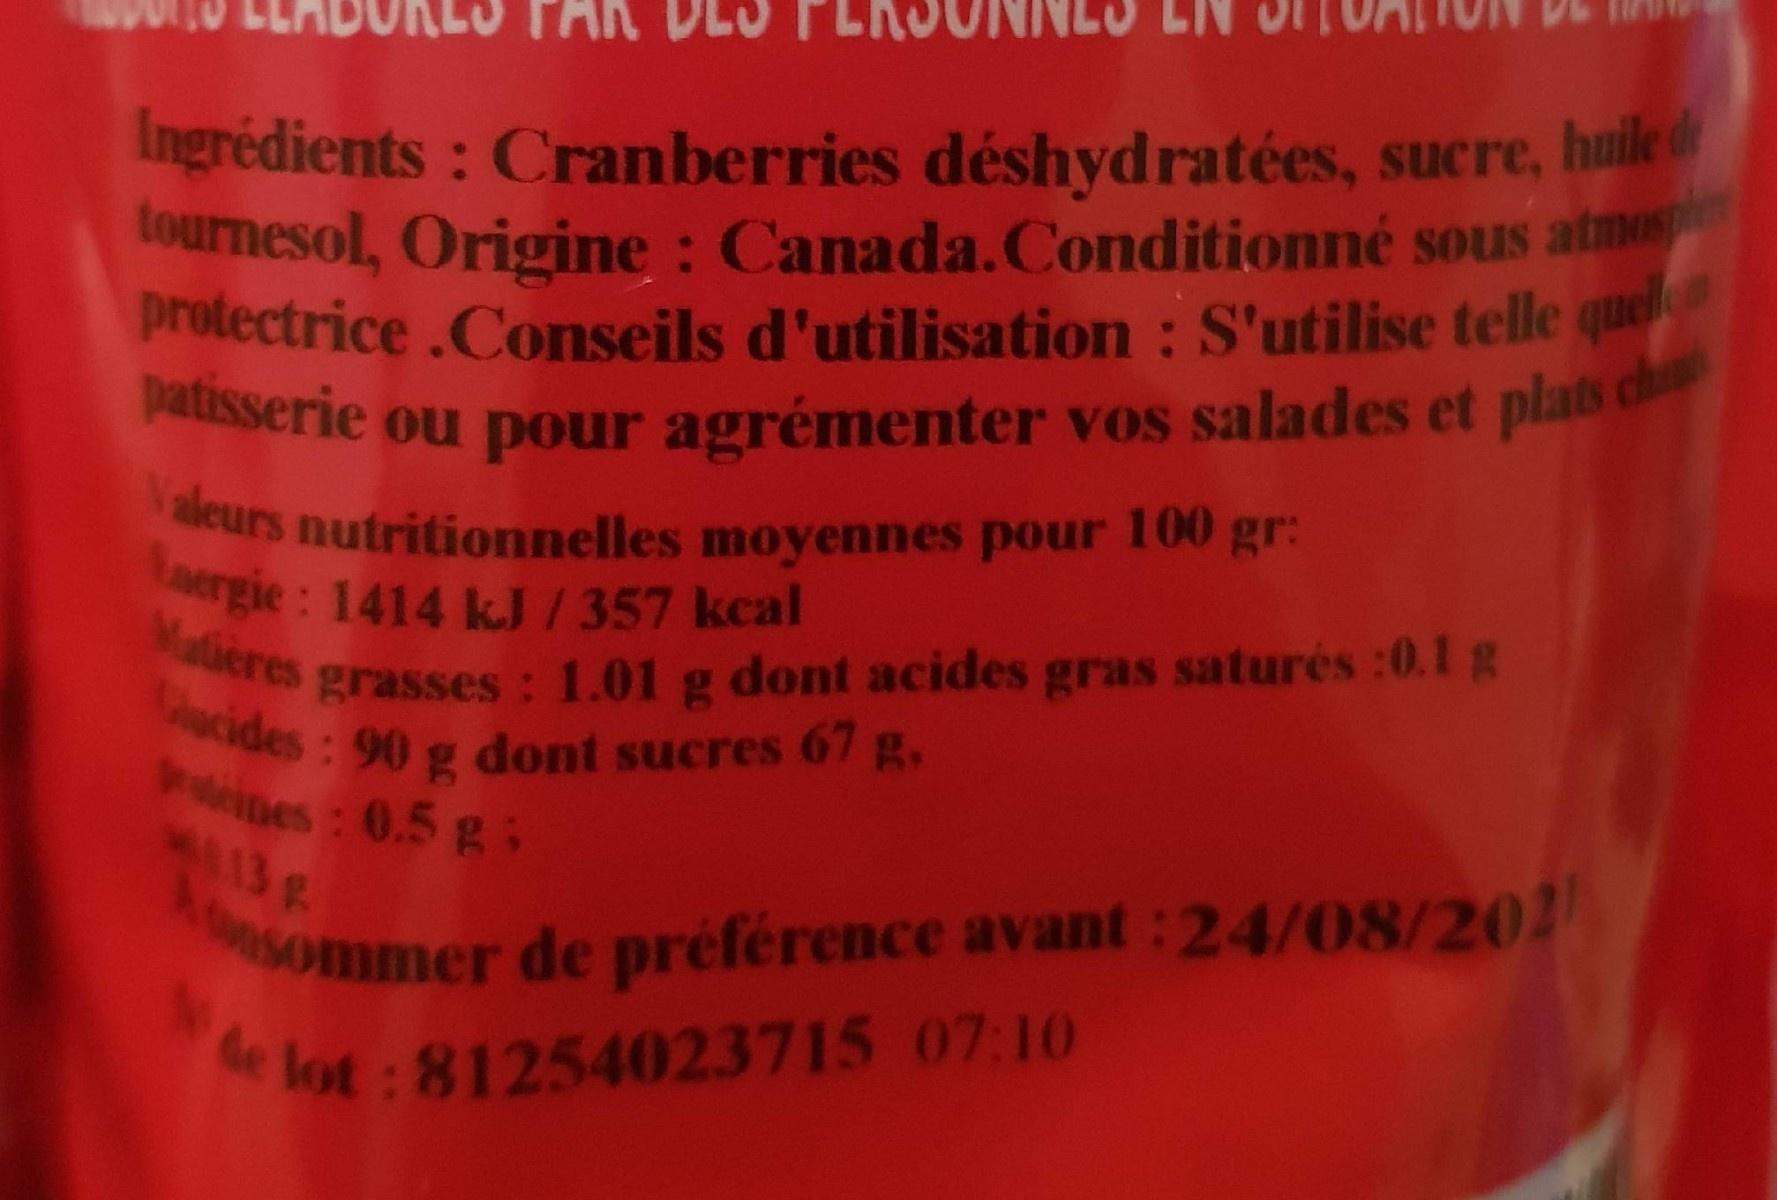
TAK
Ingrédients : Cranberries déshydratées, sucre, huile d tournesol, Origine : Canada.Conditionné sous atmes protectrice.Conseils d'utilisation : S'utilise telle quel
patisserie ou pour agrémenter vos salades et plats ch
Valeurs nutritionnelles moyennes pour 100 gr:
laergie: 1414 kJ / 357 kcal Matières
grasses : 1.01 g dont acides gras saturés :0.1g cides: 90 g dont sucres 67 g. Pines: 0.5 g:
konsommer de préférence avant:24/08/202
lot : 81254023715 07:10